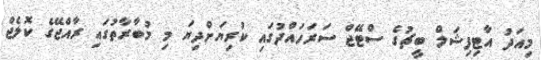
މިއަދު އާޓިފިޝަލް ބީޗުގެ ސްޓޭޖް ސަރަހައްދުގައި ކުރިޔަށްދިޔަ މި މުބާރާތުގައި ރާއްޖޭގެ ކޮލެޖް